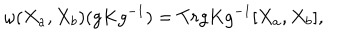
{ \omega } ( X _ { a } , X _ { b } ) ( g K g ^ { - 1 } ) = T r g K g ^ { - 1 } [ X _ { a } , X _ { b } ] ,